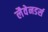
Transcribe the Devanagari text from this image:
लैवेनडर्स